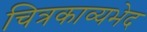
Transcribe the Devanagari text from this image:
चित्रकाव्यभेद